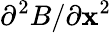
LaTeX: \partial^{2}B/\partial\mathbf{x}^{2}